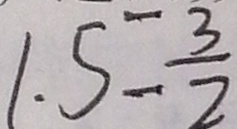
1 . 5 = \frac { 3 } { 2 }